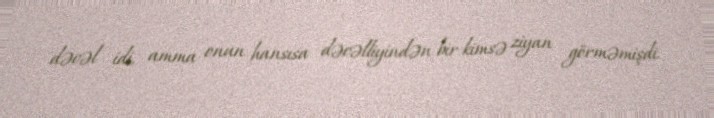
dəcəl idi, amma onun hansısa dəcəlliyindən bir kimsə ziyan görməmişdi.